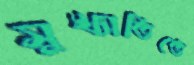
সুখ্যাতিতে